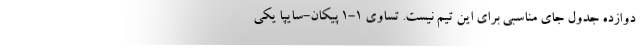
دوازده جدول جای مناسبی برای این تیم نیست. تساوی 1-1 پیکان-سایپا یکی